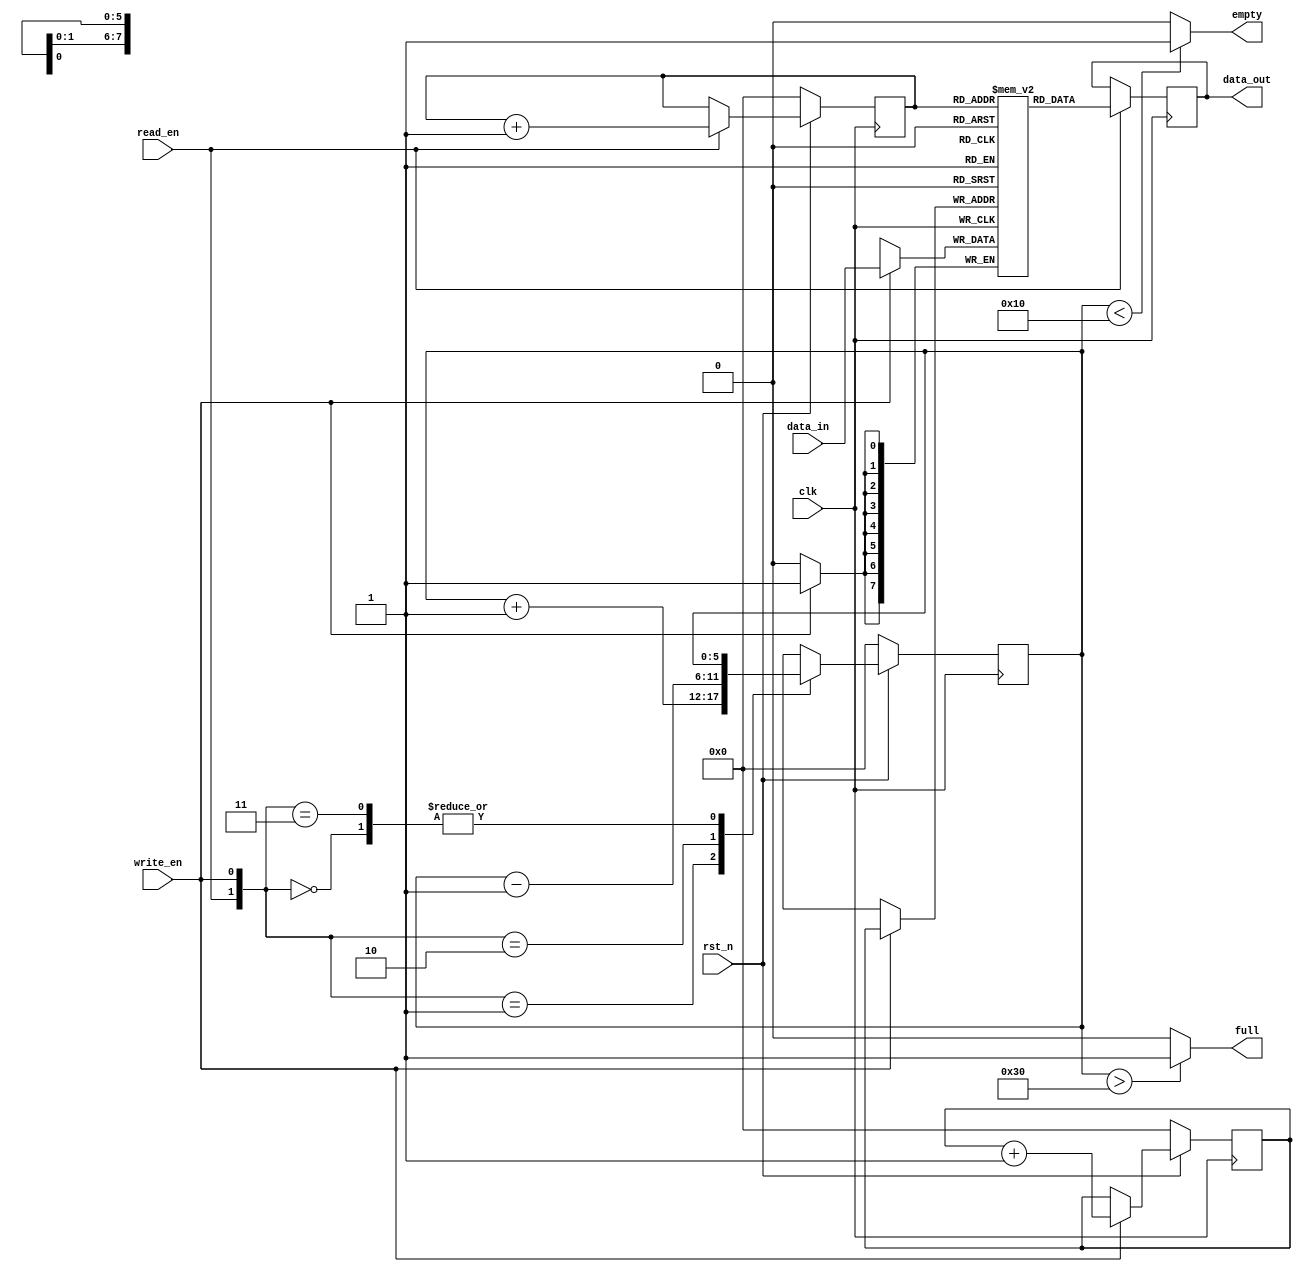
`timescale 10ns/1ns
module FIFO64x8 #(
	parameter 	DEPTH = 6,
  	  		WIDTH = 8,
  	   		MAX_COUNT = (1 << DEPTH)
  	)(
  	input wire	        clk,            
  	input wire	        rst_n,            
  	input 	  [WIDTH-1:0]	data_in,         
  	input wire	        read_en,          	
  	input wire	        write_en,         	
  	output reg[WIDTH-1:0] 	data_out,       
  	output reg 	        empty,        	
  	output reg	        full
	);

  	reg [DEPTH-1 : 0] tail; 	
  	reg [DEPTH-1 : 0] head;		
  	reg [DEPTH-1 : 0] count; 	

  	reg [WIDTH-1 : 0]  fifomem [MAX_COUNT - 1 : 0]; 

	 //read
	always@(posedge clk)
    		if(read_en)
      			data_out <= fifomem[tail];

   	//write   
  	always@(posedge clk)
      		if(write_en)
        		fifomem[head] <= data_in;


  	//head
  	always@(posedge clk)    
		if(!rst_n)
			head <= 0;
		else if(write_en)
			head <= head + 1'b1;

  	//tail
  	always @(posedge clk)    
  		if(!rst_n)
    			tail <= 0;
  		else if(read_en)
    			tail <= tail + 1'b1;

  	//count
  	always@(posedge clk)
  		if(!rst_n)
    			count <= 0;
  		else
     			case({read_en,write_en})
     				2'b00: count <= count;
     				2'b01: count <= count + 1'b1;
     				2'b10: count <= count - 1'b1;
     				2'b11: count <= count;
    			endcase

  	//full
  	always @(count)
        	if(count > MAX_COUNT*3/4)
                	full = 1'b1;
        	else
                	full = 1'b0;

  	//empty
  	always @(count)
        	if(count < MAX_COUNT/4)
    			empty = 1'b1;
         	else
    			empty = 1'b0;
	
endmodule